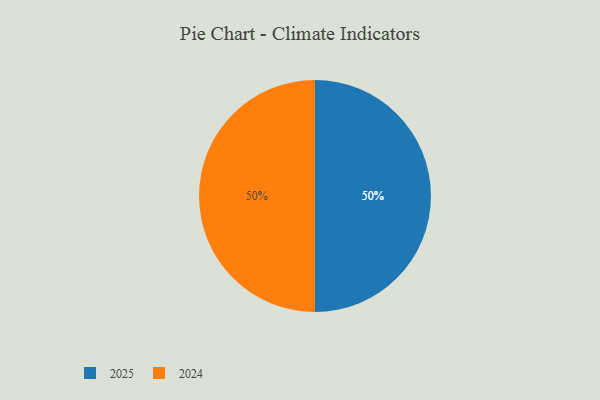
{"axis": {"x": "Category", "y": "Percentage"}, "legend": ["2024", "2025"], "data": [{"x": "2025", "y": 50, "type": "2025"}, {"x": "2024", "y": 50, "type": "2024"}]}